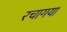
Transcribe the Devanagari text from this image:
रचागया